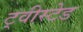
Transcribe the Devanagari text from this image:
ट्वीस्टेड